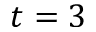
t = 3